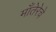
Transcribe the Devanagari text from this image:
माँतेरेचे